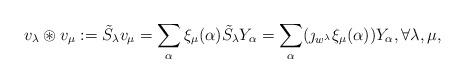
LaTeX: \begin{align*}v_{\lambda }\circledast v_{\mu }:=\tilde{S}_{\lambda }v_{\mu }=\sum_{\alpha}\xi _{\mu }(\alpha )\tilde{S}_{\lambda }Y_{\alpha }=\sum_{\alpha }(\jmath_{w^{\lambda }}\xi _{\mu }(\alpha ))Y_{\alpha },\forall \lambda ,\mu ,\end{align*}